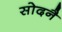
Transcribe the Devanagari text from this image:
सोदनै